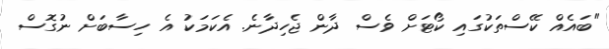
"ބައެއް ކޭސްތަކުގައި ކޯޓަށް ވެސް ދާން ޖެހިދާނެ. އެކަމަކު އެ ހިސާބަށް ނުގޮސް